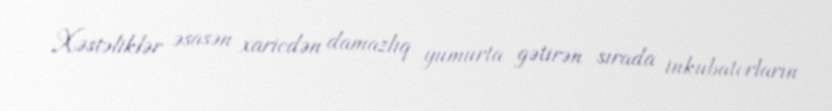
Xəstəliklər əsasən xaricdən damazlıq yumurta gətirən sırada inkubatorların